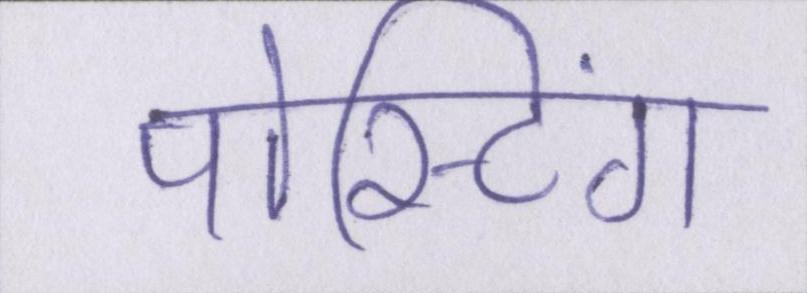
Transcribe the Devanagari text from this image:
पोस्टिंग